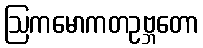
ဩကမောကတဥဗ္ဘတော